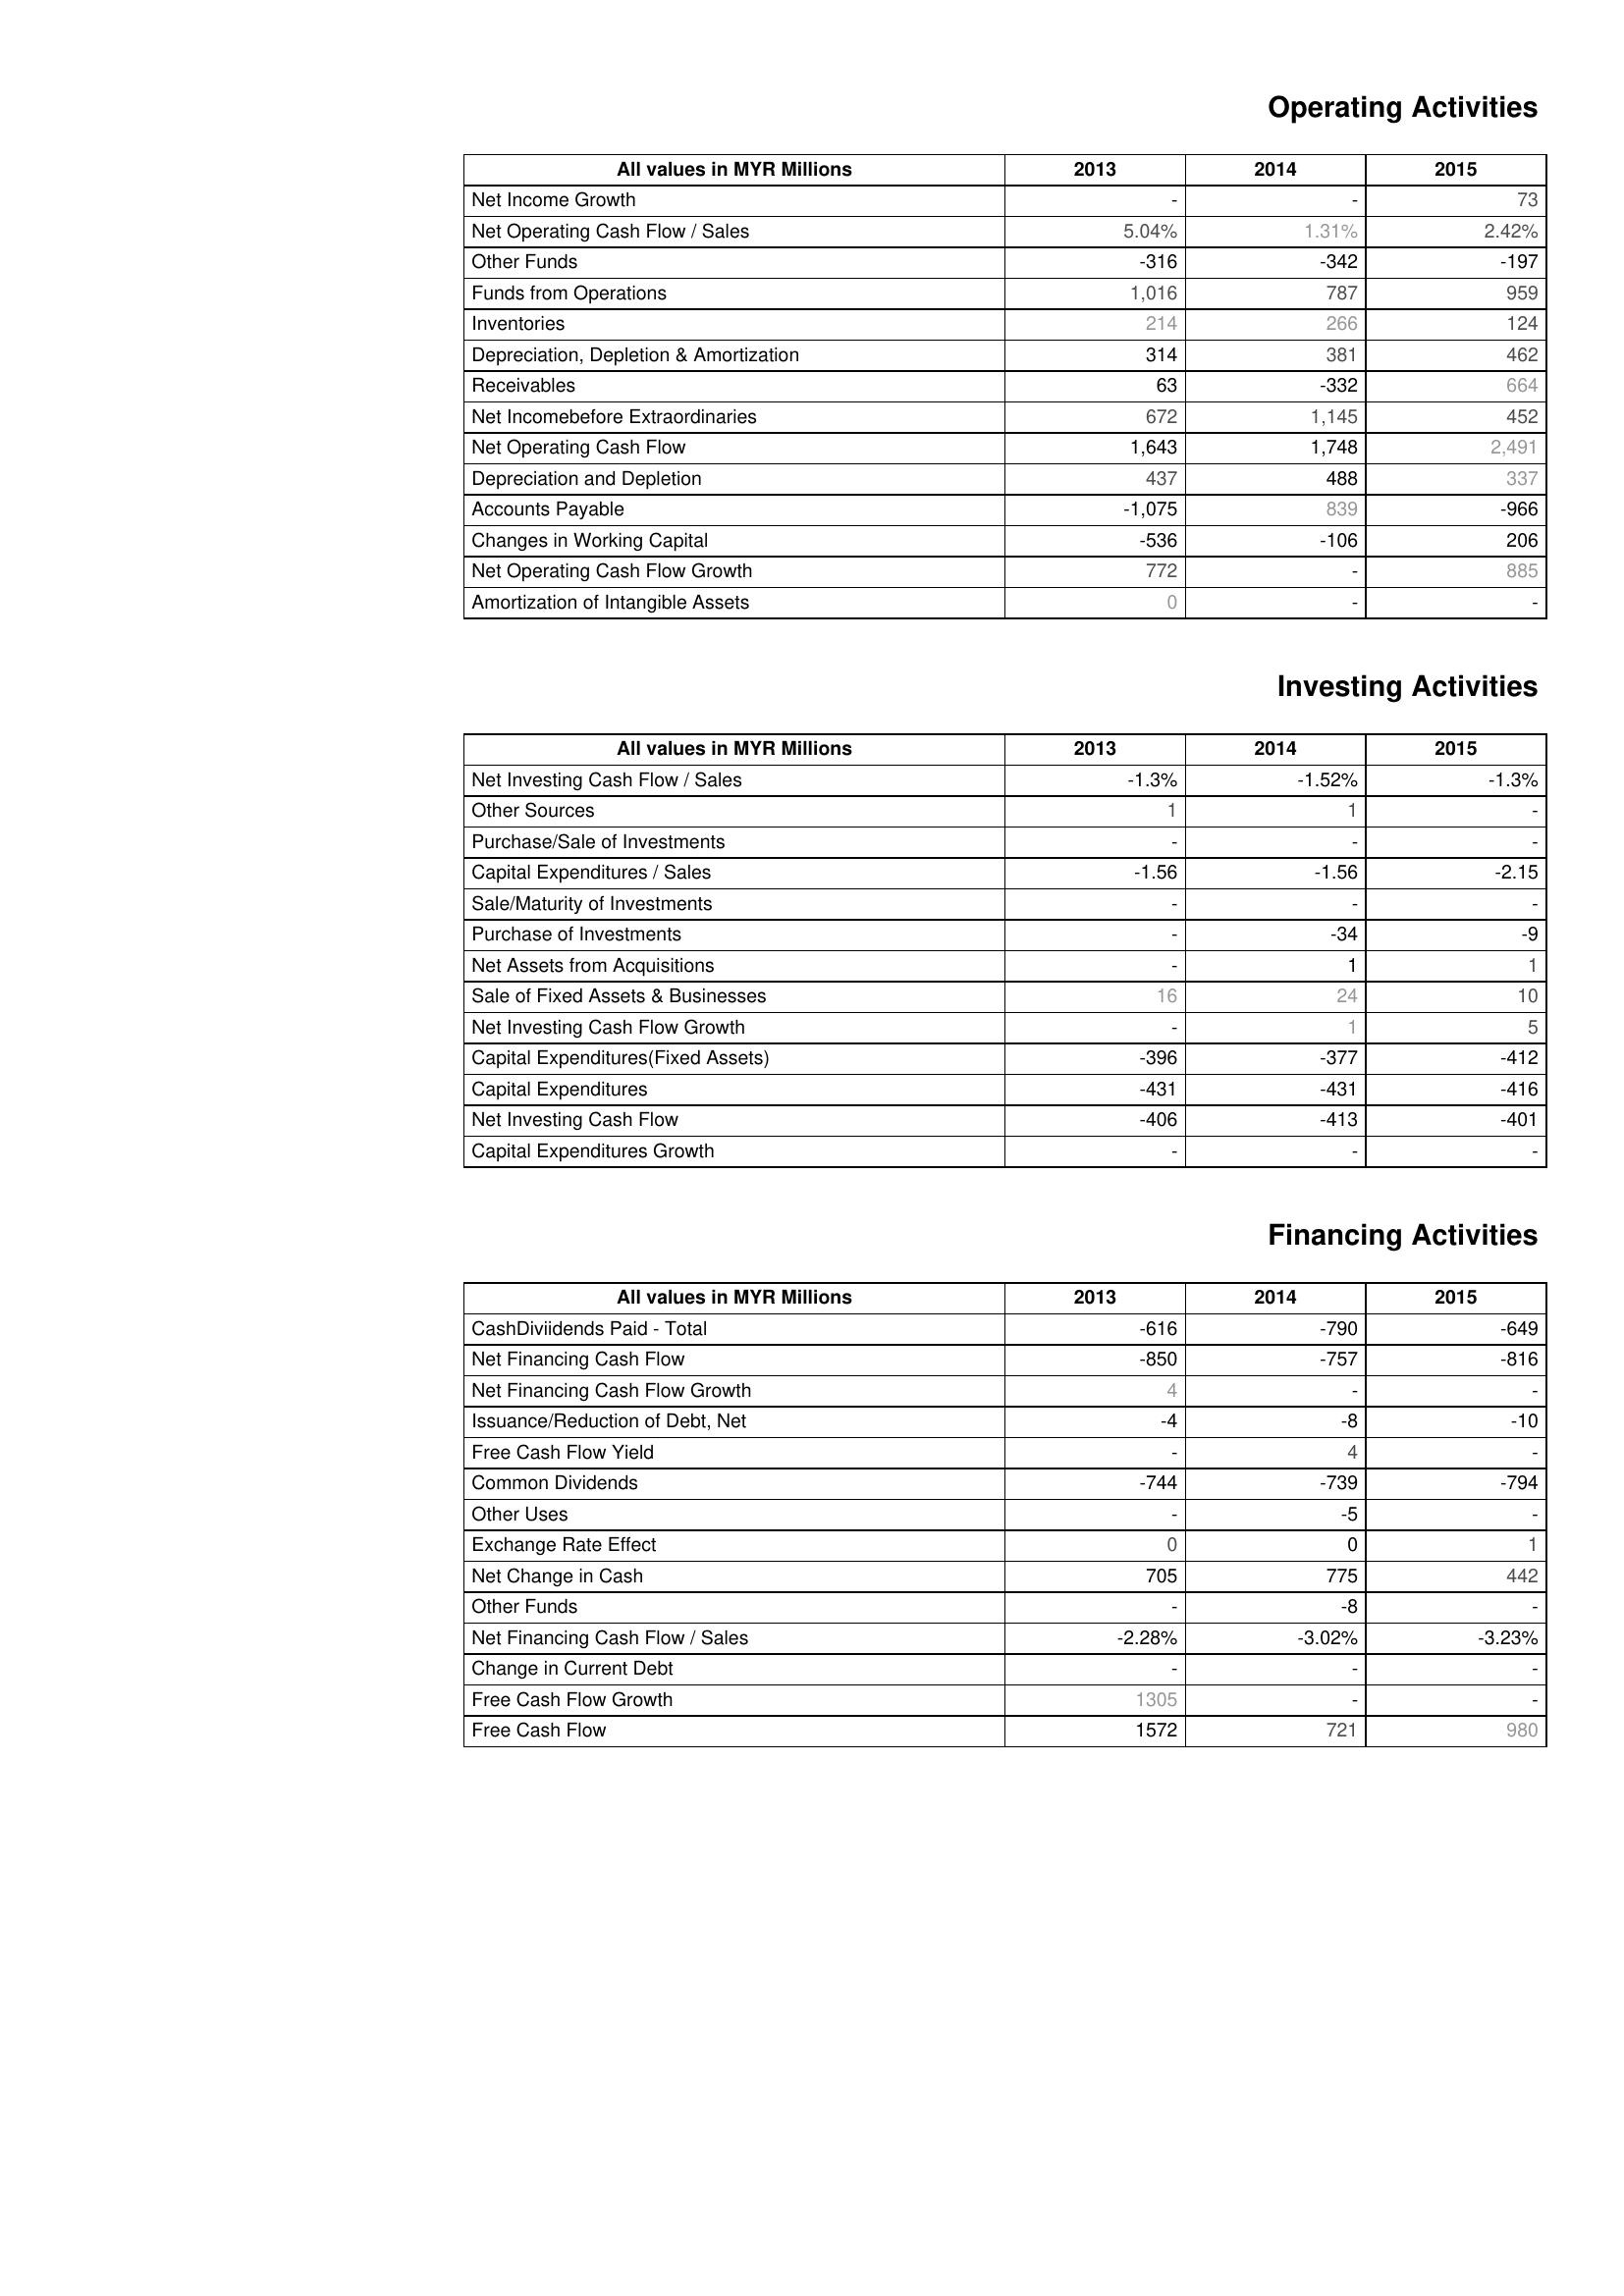
2013: Operating Activities: Net Income Growth: -
Net Operating Cash Flow / Sales: 5.04%
Other Funds: -316
Funds from Operations: 1,016
Inventories: 214
Depreciation, Depletion & Amortization: 314
Receivables: 63
Net Incomebefore Extraordinaries: 672
Net Operating Cash Flow: 1,643
Depreciation and Depletion: 437
Accounts Payable: -1,075
Changes in Working Capital: -536
Net Operating Cash Flow Growth: 772
Amortization of Intangible Assets: 0
Investing Activities: Net Investing Cash Flow / Sales: -1.3%
Other Sources: 1
Purchase/Sale of Investments: -
Capital Expenditures / Sales: -1.56
Sale/Maturity of Investments: -
Purchase of Investments: -
Net Assets from Acquisitions: -
Sale of Fixed Assets & Businesses: 16
Net Investing Cash Flow Growth: -
Capital Expenditures(Fixed Assets): -396
Capital Expenditures: -431
Net Investing Cash Flow: -406
Capital Expenditures Growth: -
Financing Activities: CashDiviidends Paid - Total: -616
Net Financing Cash Flow: -850
Net Financing Cash Flow Growth: 4
Issuance/Reduction of Debt, Net: -4
Free Cash Flow Yield: -
Common Dividends: -744
Other Uses: -
Exchange Rate Effect: 0
Net Change in Cash: 705
Other Funds: -
Net Financing Cash Flow / Sales: -2.28%
Change in Current Debt: -
Free Cash Flow Growth: 1305
Free Cash Flow: 1572
2014: Operating Activities: Net Income Growth: -
Net Operating Cash Flow / Sales: 1.31%
Other Funds: -342
Funds from Operations: 787
Inventories: 266
Depreciation, Depletion & Amortization: 381
Receivables: -332
Net Incomebefore Extraordinaries: 1,145
Net Operating Cash Flow: 1,748
Depreciation and Depletion: 488
Accounts Payable: 839
Changes in Working Capital: -106
Net Operating Cash Flow Growth: -
Amortization of Intangible Assets: -
Investing Activities: Net Investing Cash Flow / Sales: -1.52%
Other Sources: 1
Purchase/Sale of Investments: -
Capital Expenditures / Sales: -1.56
Sale/Maturity of Investments: -
Purchase of Investments: -34
Net Assets from Acquisitions: 1
Sale of Fixed Assets & Businesses: 24
Net Investing Cash Flow Growth: 1
Capital Expenditures(Fixed Assets): -377
Capital Expenditures: -431
Net Investing Cash Flow: -413
Capital Expenditures Growth: -
Financing Activities: CashDiviidends Paid - Total: -790
Net Financing Cash Flow: -757
Net Financing Cash Flow Growth: -
Issuance/Reduction of Debt, Net: -8
Free Cash Flow Yield: 4
Common Dividends: -739
Other Uses: -5
Exchange Rate Effect: 0
Net Change in Cash: 775
Other Funds: -8
Net Financing Cash Flow / Sales: -3.02%
Change in Current Debt: -
Free Cash Flow Growth: -
Free Cash Flow: 721
2015: Operating Activities: Net Income Growth: 73
Net Operating Cash Flow / Sales: 2.42%
Other Funds: -197
Funds from Operations: 959
Inventories: 124
Depreciation, Depletion & Amortization: 462
Receivables: 664
Net Incomebefore Extraordinaries: 452
Net Operating Cash Flow: 2,491
Depreciation and Depletion: 337
Accounts Payable: -966
Changes in Working Capital: 206
Net Operating Cash Flow Growth: 885
Amortization of Intangible Assets: -
Investing Activities: Net Investing Cash Flow / Sales: -1.3%
Other Sources: -
Purchase/Sale of Investments: -
Capital Expenditures / Sales: -2.15
Sale/Maturity of Investments: -
Purchase of Investments: -9
Net Assets from Acquisitions: 1
Sale of Fixed Assets & Businesses: 10
Net Investing Cash Flow Growth: 5
Capital Expenditures(Fixed Assets): -412
Capital Expenditures: -416
Net Investing Cash Flow: -401
Capital Expenditures Growth: -
Financing Activities: CashDiviidends Paid - Total: -649
Net Financing Cash Flow: -816
Net Financing Cash Flow Growth: -
Issuance/Reduction of Debt, Net: -10
Free Cash Flow Yield: -
Common Dividends: -794
Other Uses: -
Exchange Rate Effect: 1
Net Change in Cash: 442
Other Funds: -
Net Financing Cash Flow / Sales: -3.23%
Change in Current Debt: -
Free Cash Flow Growth: -
Free Cash Flow: 980